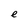
Character: e